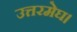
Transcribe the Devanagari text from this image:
उत्तरमेघ।